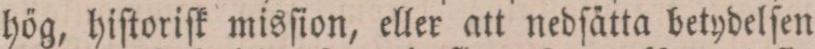
hög, hiſtoriſk misſion, eller att nedſätta betydelſen